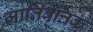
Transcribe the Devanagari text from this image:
जातिवृत्तिक